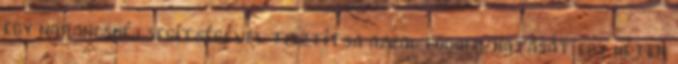
egy narancshéj segítségével tisztítsa azzal fogait, hatását egy héten